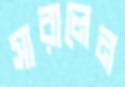
সারালেন